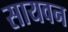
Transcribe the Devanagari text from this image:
सायवन